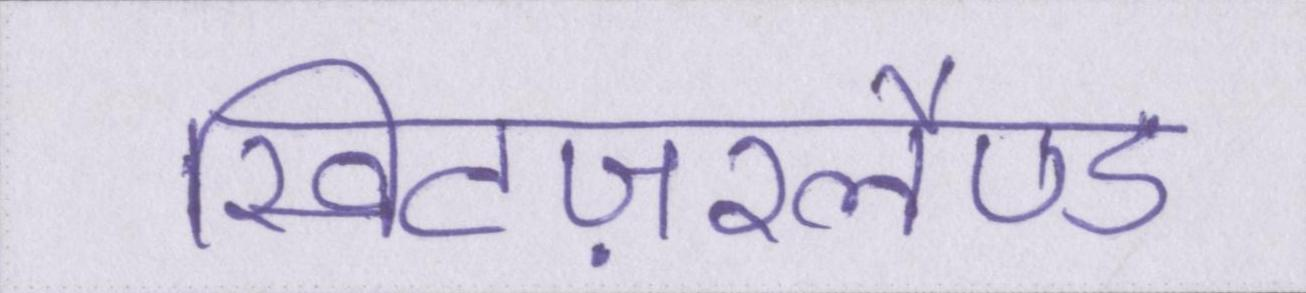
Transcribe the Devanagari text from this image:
स्विटज़रलैण्ड